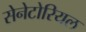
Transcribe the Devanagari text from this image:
सेनेटोरियल